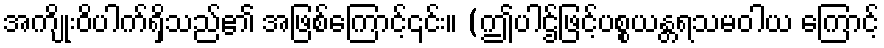
အကျိုးဝိပါက်ရှိသည်၏ အဖြစ်ကြောင့်၎င်း။ (ဤပါဌ်ဖြင့်ပစ္စယန္တရသမဝါယ ကြောင့်